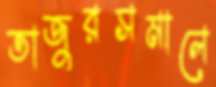
তাজুরসমালে